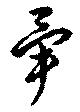
暈